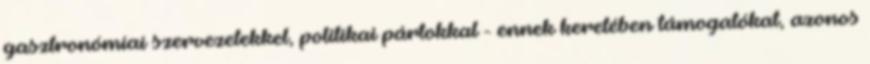
gasztronómiai szervezetekkel, politikai pártokkal - ennek keretében támogatókat, azonos